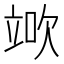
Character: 𥪅